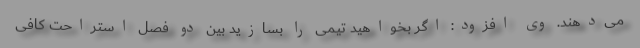
می‌دهند. وی افزود: اگر بخواهید تیمی را بسازید بین دو فصل استراحت کافی